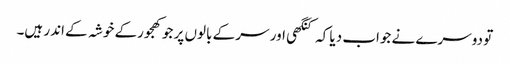
تو دوسرے نے جواب دیا کہ کنگھی اور سر کے بالوں پر جو کھجورکے خوشہ کے اندر ہیں۔